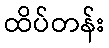
ထိပ်တန်း